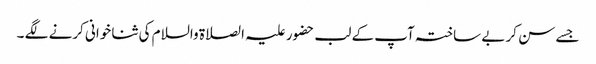
جسے سن کر بے ساختہ آپ کے لب حضور علیہ الصلاۃ والسلام کی ثنا خوانی کرنے لگے ۔